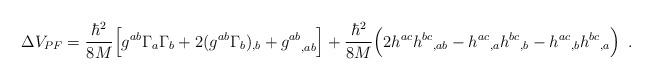
LaTeX: \begin{align*}\Delta V_{PF}={\hbar^2\over8M} \Big[g^{ab}\Gamma_a\Gamma_b+2(g^{ab}\Gamma_b)_{,b} +{g^{ab}}_{,ab}\Big] +{\hbar^2\over8M} \Big(2h^{ac}{h^{bc}}_{,ab}-{h^{ac}}_{,a}{h^{bc}}_{,b} -{h^{ac}}_{,b}{h^{bc}}_{,a}\Big)\enspace.\end{align*}